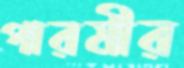
পারমীর